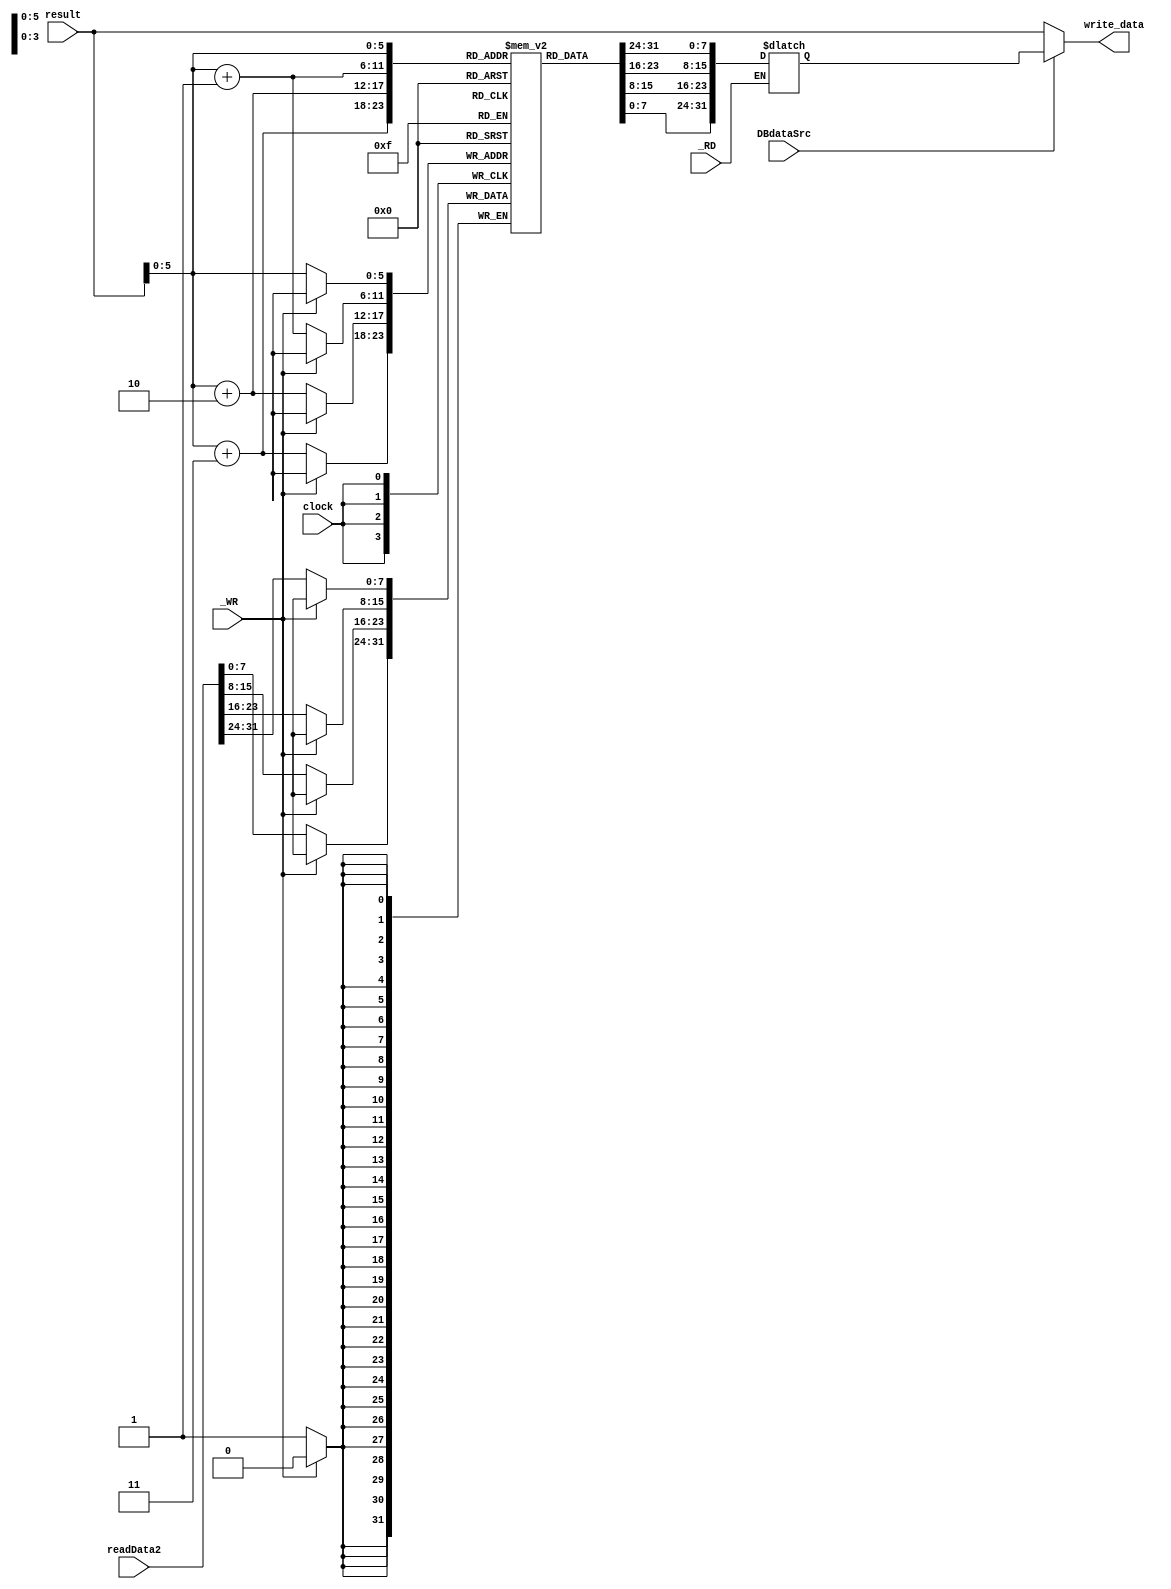
`timescale 1ns / 1ps

module DataMemory(  
    input clock,
    input [31:0] result,
    input [31:0] readData2,
    input _WR,
    input _RD,
    input DBdataSrc,
    output [31:0] write_data
    );
    
    reg [7:0] DataMem [0:60];
    reg [31:0] DataOut;
    
    initial begin
       //Mem[8:11]5
       DataMem[8]  = 8'b00000000;
       DataMem[9]  = 8'b00000000;
       DataMem[10] = 8'b00000000;
       DataMem[11] = 8'b00000101;
    end
    
    always@ ( _RD or result) begin
        if(!_RD) begin
            DataOut[7:0]   = DataMem[result + 3];
            DataOut[15:8]  = DataMem[result + 2];
            DataOut[23:16] = DataMem[result + 1];
            DataOut[31:24] = DataMem[result];
        end
    end
    
    always@ ( negedge clock ) begin
        if(!_WR) begin    
            DataMem[result]   <= readData2[31:24]; //
            DataMem[result+1] <= readData2[23:16];
            DataMem[result+2] <= readData2[15:8];
            DataMem[result+3] <= readData2[7:0];
        end
    end
    
    assign write_data = ( DBdataSrc == 0 )? result : DataOut;

endmodule